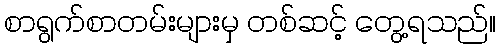
စာရွက်စာတမ်းများမှ တစ်ဆင့် တွေ့ရသည်။